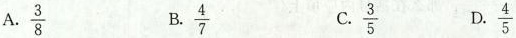
A. \frac{3}{8} B. \frac{4}{7} C. \frac{4}{5} D. \frac{3}{5}